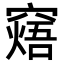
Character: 𥧸